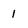
Character: 1